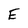
Character: E